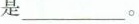
___。